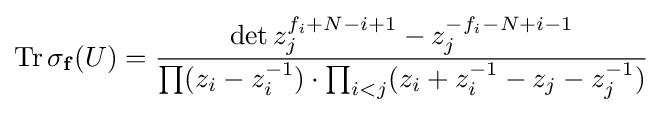
\operatorname {Tr} \sigma _{\mathbf {f} }(U)={\det z_{j}^{f_{i}+N-i+1}-z_{j}^{-f_{i}-N+i-1} \over \prod (z_{i}-z_{i}^{-1})\cdot \prod _{i<j}(z_{i}+z_{i}^{-1}-z_{j}-z_{j}^{-1})}